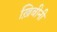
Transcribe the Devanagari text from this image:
ख़िबीनी